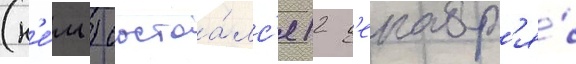
(н'е́м.) состоа́лс'я 12 д'екабр'я́